Vital statistics of India. Vol. IV, Annual returns from 1871 to 1876. British Army of India, Native Army and jails of Bengal
Year: 1871
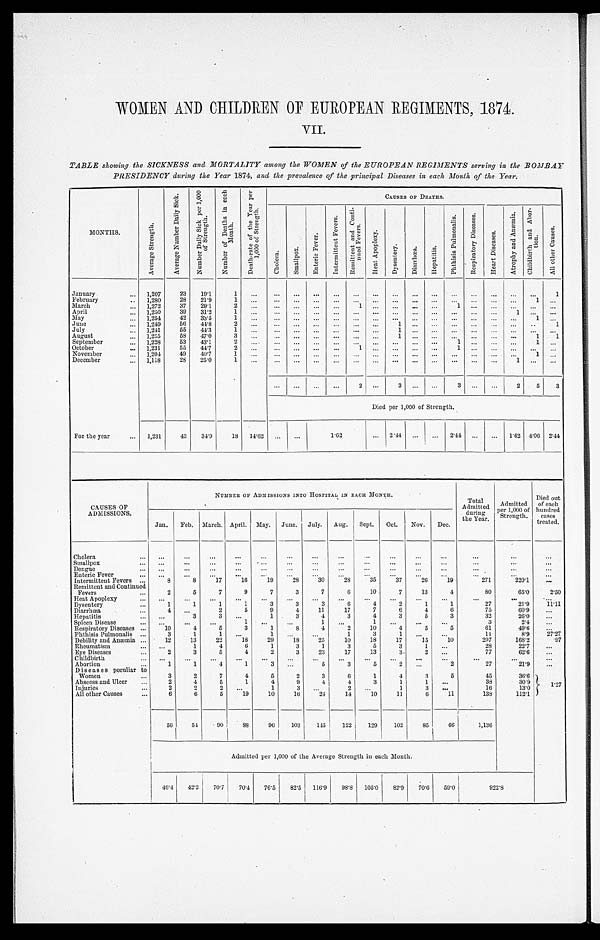
WOMEN AND CHILDREN OF EUROPEAN REGIMENTS, 1874.
VII.
TABLE showing the SICKNESS and MORTALITY among the WOMEN of the EUROPEAN REGIMENTS serving in the BOMBAY
PRESIDENCY during the Year 1874, and the prevalence of the principal Diseases in each Month of the Year.
M O N T H S .
A v e r a g e S t r e n g t h .
A v e r a g e N u m b e r D a i l y S i c k .
N u m b e r D a i l y S i c k p e r 1 , 0 0 0 o f S t r e n g t h .
N u m b e r o f D e a t h s i n e a c h M o n t h .
D e a t h - r a t e o f t h e Y e a r p e r 1 , 0 0 0 o f S t r e n g t h .
CAUSES OF DEATHS.
C h o l e r a .
S m a l l p o x .
E n t e r i e F e v e r .
I n t e r m i t t e n t F e v e r .
R e m i t t e n t a n d C o n t i - n u e d F e v e r s .
H e a t A p o p l e x y .
D y s e n t e r y .
D i a r r h œ a .
H e p a t i t i s .
P h t h i s i s P u l m o n a l i s .
R e s p i r a t o r y D i s e a s e s .
H e a r t D i s e a s e s .
A t r o p h y a n d A n æ m i a .
C h i l d b i r t h a n d A b o r - t i o n .
A l l o t h e r C a u s e s .
January . . .
1,207
23
19.1
1
. . .
. . .
. . .
. . .
. . .
. . .
. . .
. . .
. . .
. . .
. . .
. . .
. . .
. . .
. . .
1
February . . .
1,280
28
21.9
1
. . .
. . .
. . .
. . .
. . .
. . .
. . .
. . .
. . .
. . .
. . .
. . .
. . .
. . .
1
. . .
March . . .
1,272
37
29.1
2 . . .
. . .
. . .
. . .
. . .
1
. . .
. . .
. . .
. . .
1
. . .
. . .
. . .
. . .
. . .
April . . .
1,250
39
31.2
1
. . .
. . .
. . .
. . .
. . .
. . .
. . .
. . .
. . .
. . .
. . .
. . .
. . .
1
. . .
. . .
May . . .
1,254
42
33.5
1
. . .
. . .
. . .
. . .
. . .
. . .
. . .
. . .
. . .
. . .
. . .
. . .
. . .
. . .
1 . . .
June . . .
1,249
56
44.8
2 . . .
. . .
. . .
. . .
. . .
. . .
. . .
1
. . .
. . .
. . .
. . .
. . .
. . .
. . .
1
July . . .
1,241
55
44.3
1
. . .
. . .
. . .
. . .
. . .
. . .
. . .
1
. . .
. . .
. . .
. . .
. . .
. . .
. . . . . .
August . . .
1,235
58
47.0
3 . . .
. . .
. . .
. . .
. . .
. . .
. . .
1
. . .
. . .
. . .
. . .
. . .
. . .
1
1
September . . .
1,228
53
43.1
2
. . .
. . .
. . .
. . .
. . .
. . .
. . .
. . .
. . .
. . .
1
. . .
. . .
. . .
1 . . .
October . . .
1 , 2 3 1
55
44.7
2
. . .
. . .
. . .
. . .
. . .
1
. . .
. . .
. . .
. . .
1
. . .
. . .
. . .
. . .
. . .
November . . .
1,204
49
40.7
1
. . .
. . .
. . .
. . .
. . .
. . . . . .
. . .
. . .
. . .
. . .
. . .
. . .
. . .
1 . . .
December . . .
1,118
28
25.0
1
. . .
. . .
. . .
. . .
. . .
. . .
. . .
. . .
. . .
. . .
. . .
. . .
. . .
1
. . . . . .
. . .
. . .
. . . . . .
2
. . .
3
. . .
. . .
3
. . .
. . .
2
5
3
Died per 1,000 of Strength.
For the year . . .
1,231
43
34.9
18 14.62
. . .
. . .
1.62
. . .
2.44
. . .
. . .
2.44
. . .
. . .
1.62 4.06 2.44
CAUSES OF
ADMISSIONS .
NUMBER OF ADMISSIONS INTO HOSPITAL IN EACH MONTH.
Total
Admitted
during
the Year.
Admitted
per 1,000 of
Strength.
Died out
of each
hundred
cases
treated.
Jan.
Feb. March. April. May. June. July.
Aug.
Sept.
Oct.
Nov.
Dec.
Cholera . . .
. . .
. . .
. . .
. . .
. . .
. . .
. . .
. . .
. . .
. . .
. . .
. . .
. . .
. . .
. . .
Smallpox . . .
. . .
. . .
. . .
. . .
. . .
. . .
. . .
. . .
. . .
. . .
. . .
. . .
. . .
. . .
. . .
Dengue . . .
. . .
. . .
. . .
. . .
. . .
. . .
. . .
. . .
. . .
. . .
. . .
. . .
. . .
. . .
. . .
Enteric Fever . . .
. . .
. . .
. . .
. . .
. . .
. . .
. . .
. . .
. . .
. . .
. . .
. . .
. . .
. . . . . .
Intermittent Fevers . . .
8
8
17
16
19
28
30
28
35
37
26
19
271
220.1
. . .
Remittent and Continued
Fevers . . .
2
5
7
9
7
3
7
6
10
7
13
4
80
65.0
2.50
Heat Apoplexy . . .
. . .
. . .
. . .
. . .
. . .
. . .
. . .
. . .
. . .
. . .
. . .
. . .
. . .
. . .
. . .
Dysentery . . .
1
1
1
1
3
3
3
6
4
2
1
1
27
21.9
11.11
Diarrhœa . . .
4
. . .
2
5
9
4
11
17
7
6
4
6
75
60.9
. . .
Hepatitis . . .
. . .
3
3
. . .
1
3
4
3
4
3
5
3
32
26.0
. . .
Spleen Disease . . .
. . .
. . .
. . .
1
. . .
. . .
1
. . .
1
. . .
. . .
. . .
3
2.4 . . .
Respiratory Diseases . . .
10
4
5
3
1
8
4
2
10
4
5
5
61
49.6
. . .
Phthisis Pulmonalis . . .
3
1
1
. . .
1
. . .
. . .
1
3
1
. . .
. . .
11
8.9
27.27
Debility and Anæmia . . .
12
13
22
18
29
18
25
10
18
17
15
10
207
168.2
.97
Rheumatism . . .
. . .
1
4
6
1
3
1
3
5
3
1
. . .
28
22.7
. . .
Eye Diseases . . .
2
3
5
4
2
3
23
17
13
3
2
. . .
77
62.6
. . .
Childbirth . . .
. . .
. . .
. . .
. . .
. . .
. . .
. . .
. . .
. . .
. . .
. . .
. . .
. . .
. . .
. . .
Abortion . . .
1
1
4
1
3
. . .
5
3
5
2
. . .
2
27
21.9
. . .
Diseases peculiar to
Women . . .
3
2
7
4
5
2
3
6
1
4
3
5
45
36.6
1 . 2 7
Abscess and Ulcer . . .
2
4
5
1
4
9
4
4
3
1
1
. . .
38
30.9
Injuries . . .
2
2
2
. . .
1
3
. . .
2
. . .
1
3
. . .
16
13.0
All other Causes . . .
6
6
5
19
10
16
24
14
10
11
6
11
138
112.1
56
54
9 0
8 8
9 6
1 0 3
1 4 5
1 2 2
1 2 9
1 0 2
8 5
6 6
1 , 1 3 6
Admitted per 1,000 of the Average Strength in each Month.
46.4
42.2
70.7
70.4
76.5
82.5
116.9
98.8 105.0
82.9
70.6
59.0
9 2 2 . 8